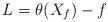
LaTeX: \begin{align*} L= \theta(X_f)-f \end{align*}